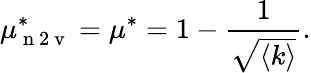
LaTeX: \mu_{\mathrm{~n~2~v~}}^{*}=\mu^{*}=1-\frac{1}{\sqrt{\langle k\rangle}}.